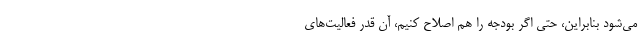
می‌شود بنابراین، حتی اگر بودجه را هم اصلاح کنیم، آن قدر فعالیت‌های